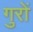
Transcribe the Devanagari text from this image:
गुरों